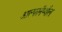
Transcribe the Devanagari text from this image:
आल्फानॅप्थील